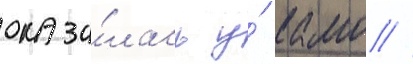
оказа́лась у́ камо //